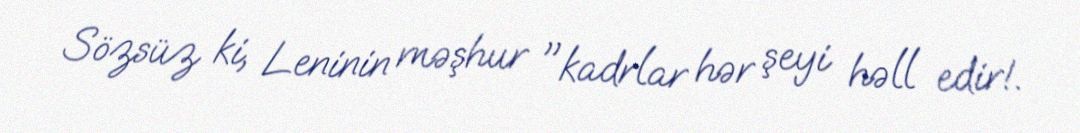
Sözsüz ki, Leninin məşhur "kadrlar hər şeyi həll edir!.